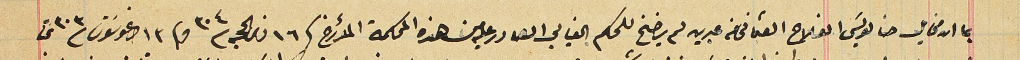
بما ان مخايل حنا لويسَ الفلاح العثماني من عبرين لم يرضخ للحكم الغيابي الصادر عليه من هذه المحكمة المؤرخ فى ١٦ ذو الحجة ٣٠٤  وفى ١٣ اوغوستوسَ/٣٠٣ تحت